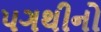
પગથીનો